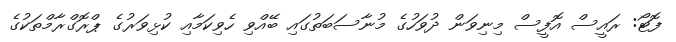
ފޮޓޯ: ރައީސް އޮފީސް މިނިވަން ދުވަހުގެ މުނާސަބަތުގައި ބޭއްވި ހެވިކަމާއި ކުޅިވަރުގެ ޕްރޮގްރާމްތަކުގެ